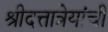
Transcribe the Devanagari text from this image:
श्रीदत्तात्रेयांची